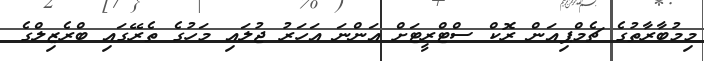
މިމުބާރާތުގެ ޗެމްޕިއަން ރޮކް ސްޓްރީޓަށް އަންނަ އަހަރު ޖުލައި މަހުގެ ތެރޭގައި ބްރެޒިލްގެ